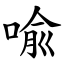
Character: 喩